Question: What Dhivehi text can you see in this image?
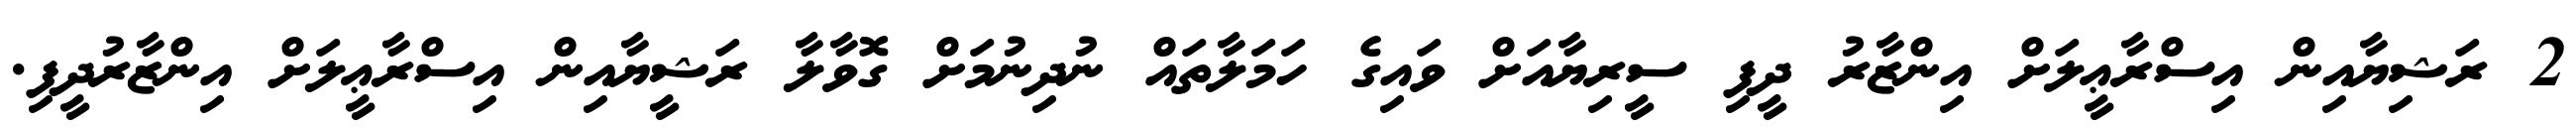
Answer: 2 ރަޝިޔާއިން އިސްރާޢީލަށް އިންޒާރު ދީފި ސީރިޔާއަށް ވައިގެ ހަމަލާތައް ނުދިނުމަށް ގޮވާލާ ރަޝީޔާއިން އިސްރާޢީލަށް އިންޒާރުދީފި.